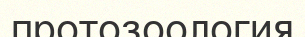
протозоология